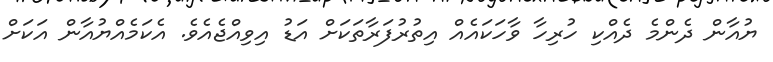
ޔުއާން ދެންމެ ދެއްކި ހުރިހާ ވާހަކައެއް އިތުރުފަރާތަކަށް އަޑު އިވިއްޖެއެވެ. އެކަމެއްޔުއާން އަކަށް